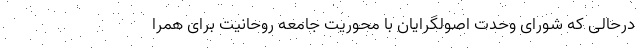
درحالی که شورای وحدت اصولگرایان با محوریت جامعه روحانیت برای همرا